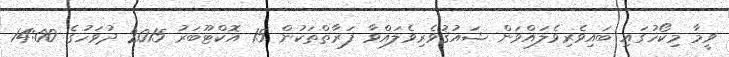
ވީމާ މިކޯހުގައި ބައިވެރިވެލައްވަން ޝައުޤުވެރިވެލައްވާ ފަރާތްތަކުން 15 އޮކްޓޫބަރު 2015 ދުވަހުގެ 14:00